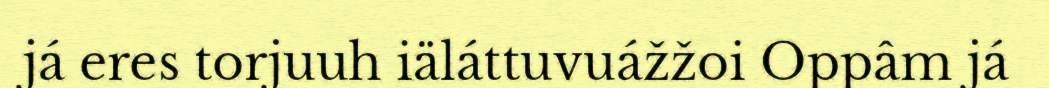
já eres torjuuh iäláttuvuážžoi Oppâm já